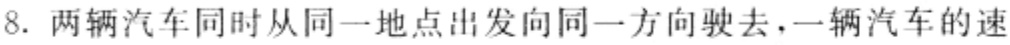
8. 两辆汽车同时从同一地点出发向同一方向驶去，一辆汽车的速